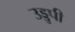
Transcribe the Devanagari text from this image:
उड्डुपी